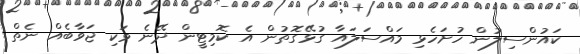
ކައުންސިލުން ހުށަހެޅި މައްސަލައާ ގުޅޭގޮތުން އެ ކޮމިޓީން ދޭނެ ވަކި ޖަވާބެއް ނެތް